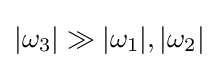
|\omega _{3}|\gg |\omega _{1}|,|\omega _{2}|